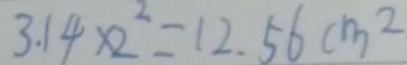
3 . 1 4 \times 2 ^ { 2 } = 1 2 . 5 6 c m ^ { 2 }